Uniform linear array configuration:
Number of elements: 8
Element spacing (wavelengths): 0.75
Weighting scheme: cosine
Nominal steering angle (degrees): -60
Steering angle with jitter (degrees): -60.579
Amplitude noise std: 0.05
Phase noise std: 0.05

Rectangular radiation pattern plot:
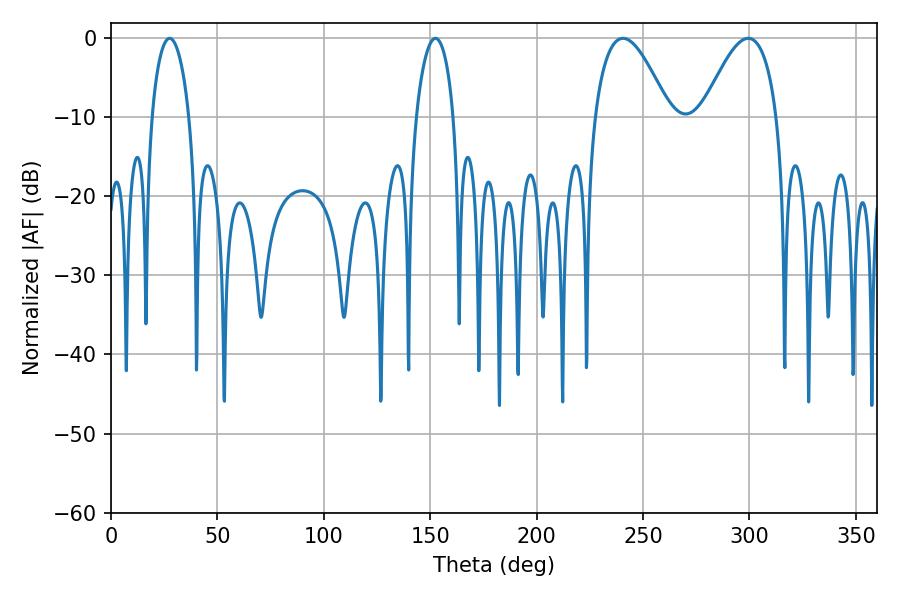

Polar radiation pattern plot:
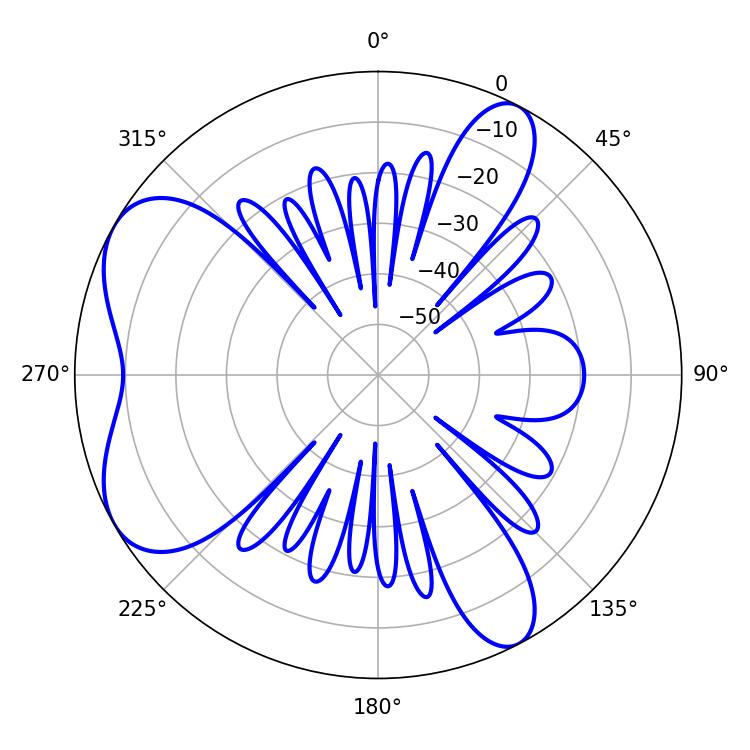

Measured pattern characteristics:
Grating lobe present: TRUE
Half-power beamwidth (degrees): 10.08
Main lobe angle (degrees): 27.54